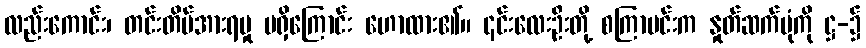
လည်းကောင်း၊ တင်းတိမ်အားရမှု မရှိကြောင်း ဟောထား၏။ ၎င်းလေးဦးတို့ စကြာမင်းက နှုတ်ဆက်ပုံကို ဋ္ဌ-၌